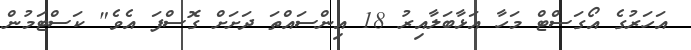
އަހަރުގެ އޯގަސްޓް މަހާ އަޅާބަލާއިރު 18 އިންސައްތަ ދަށަށް ގޮސްފަ އެވެ" ކަސްޓަމުން